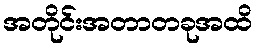
အတိုင်းအတာတခုအထိ